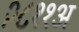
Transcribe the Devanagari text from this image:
२८११अ